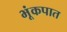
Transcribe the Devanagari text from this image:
भूंकपात